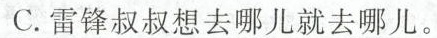
C.雷锋叔叔想去哪儿就去哪儿。